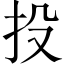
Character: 投